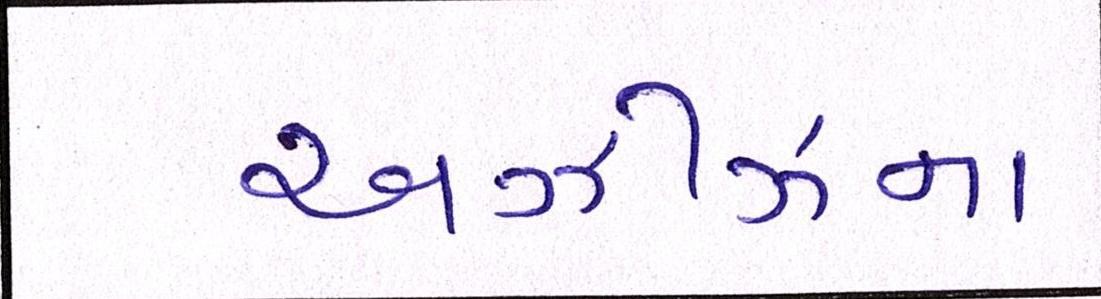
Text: અઝીઝના